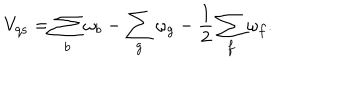
V _ { \mathrm { q s } } = \sum _ { b } \omega _ { b } - \sum _ { g } \omega _ { g } - \frac { 1 } { 2 } \sum _ { f } \omega _ { f } .